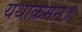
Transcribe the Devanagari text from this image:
यथाक्रमन्॥